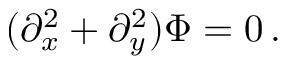
( \partial _ { x } ^ { 2 } + \partial _ { y } ^ { 2 } ) \Phi = 0 \, .